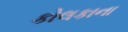
કોલકાના